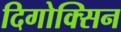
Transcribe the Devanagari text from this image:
दिगोक्सिन